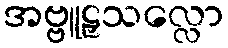
အဗ္ဗူဠှသလ္လော